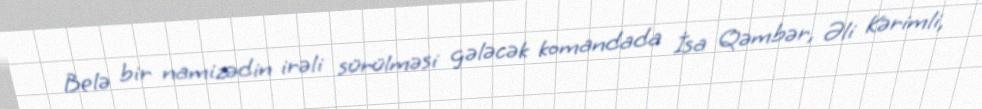
Belə bir namizədin irəli sürülməsi gələcək komandada İsa Qəmbər, Əli Kərimli,